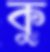
কু